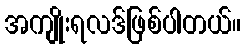
အကျိုးရလဒ်ဖြစ်ပါတယ်။